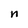
Character: n